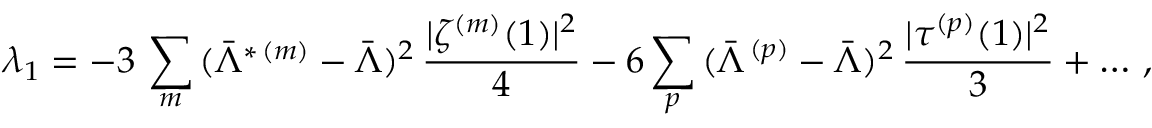
\lambda _ { 1 } = - 3 \, \sum _ { m } \, ( \bar { \Lambda } ^ { * \, ( m ) } - \bar { \Lambda } ) ^ { 2 } \, { \frac { | \zeta ^ { ( m ) } ( 1 ) | ^ { 2 } } { 4 } } - 6 \sum _ { p } \, ( \bar { \Lambda } ^ { \, ( p ) } - \bar { \Lambda } ) ^ { 2 } \, { \frac { | \tau ^ { ( p ) } ( 1 ) | ^ { 2 } } { 3 } } + \ldots \, ,